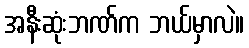
အနီးဆုံးဘဏ်က ဘယ်မှာလဲ။